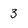
Character: 3